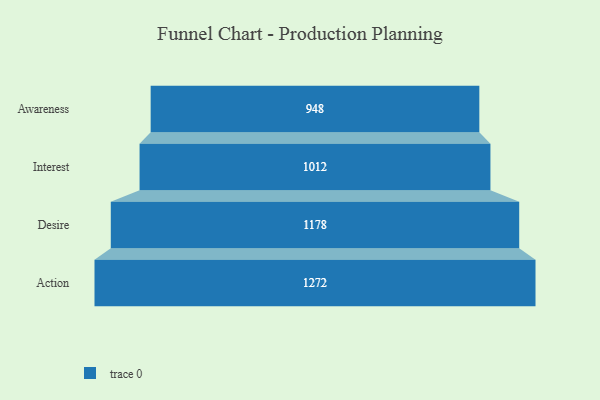
{"axis": {"x": "Stage", "y": "Value"}, "legend": [""], "data": [{"x": "Awareness", "y": 948.0, "type": ""}, {"x": "Interest", "y": 1012.0, "type": ""}, {"x": "Desire", "y": 1178.0, "type": ""}, {"x": "Action", "y": 1272.0, "type": ""}]}